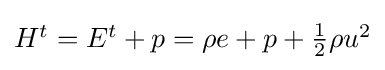
{\textstyle H^{t}=E^{t}+p=\rho e+p+{\frac {1}{2}}\rho u^{2}}